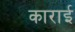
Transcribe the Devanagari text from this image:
काराई